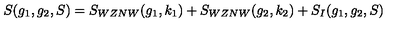
S ( g _ { 1 } , g _ { 2 } , S ) = S _ { W Z N W } ( g _ { 1 } , k _ { 1 } ) + S _ { W Z N W } ( g _ { 2 } , k _ { 2 } ) + S _ { I } ( g _ { 1 } , g _ { 2 } , S )